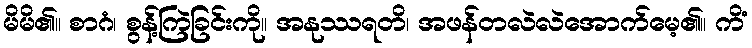
မိမိ၏။ စာဂံ၊ စွန့်ကြဲခြင်းကို။ အနုဿရတိ၊ အဖန်တလဲလဲအောက်မေ့၏။ ကိံ